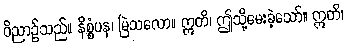
ဝိညာဉ်သည်။ နိစ္စံပန၊ မြဲသလော။ ဣတိ၊ ဤသို့မေးခဲ့သော်။ ဣတိ၊